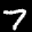
Label: 7